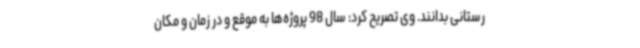
رستانی بدانند. وی تصریح کرد: سال 98 پروژه‌ها به موقع و در زمان و مکان